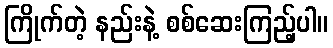
ကြိုက်တဲ့ နည်းနဲ့ စစ်ဆေးကြည့်ပါ။